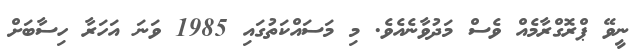
ނީވޭ ޕްރޮގްރާމެއް ވެސް މަދުވާނެއެވެ. މި މަސައްކަތުގައި 1985 ވަނަ އަހަރާ ހިސާބަށް